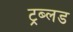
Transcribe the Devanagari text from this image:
ट्रब्लड